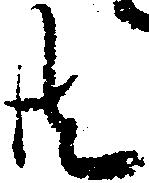
共